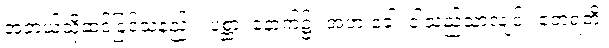
အဘယ်သို့ဆင်ခြင်သနည်း။ ပစ္ဆာ၊ နောက်၌။ အဟံ ခေါ၊ ငါသည်သာလျင်။ ဧတရတိ၊